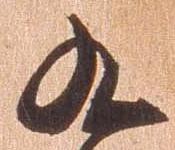
九